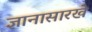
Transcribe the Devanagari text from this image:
ज्ञानासारखे